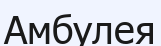
Амбулея